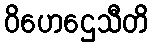
ဝိဟေဌေသီတိ